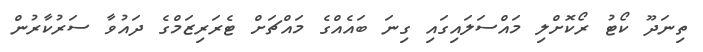
ތިނަދޫ ކޯޓު ރޯކޮށްލި މައްސަލައިގައި ގިނަ ބައެއްގެ މައްޗަށް ޓެރަރިޒަމްގެ ދައުވާ ސަރުކާރުން